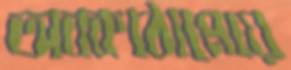
অবকাঠামোয়